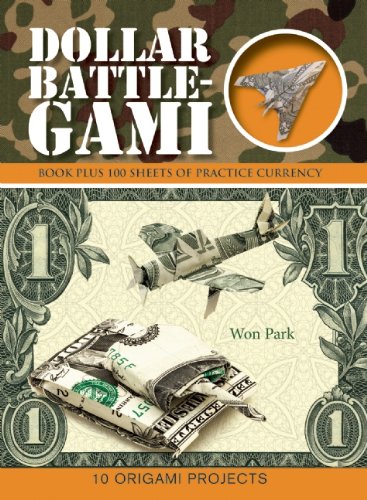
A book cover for Dollar Battle-Gami (Origami Books); Won Park; History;